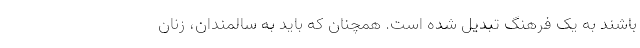
باشند به یک فرهنگ تبدیل شده است. همچنان که باید به سالمندان، زنان